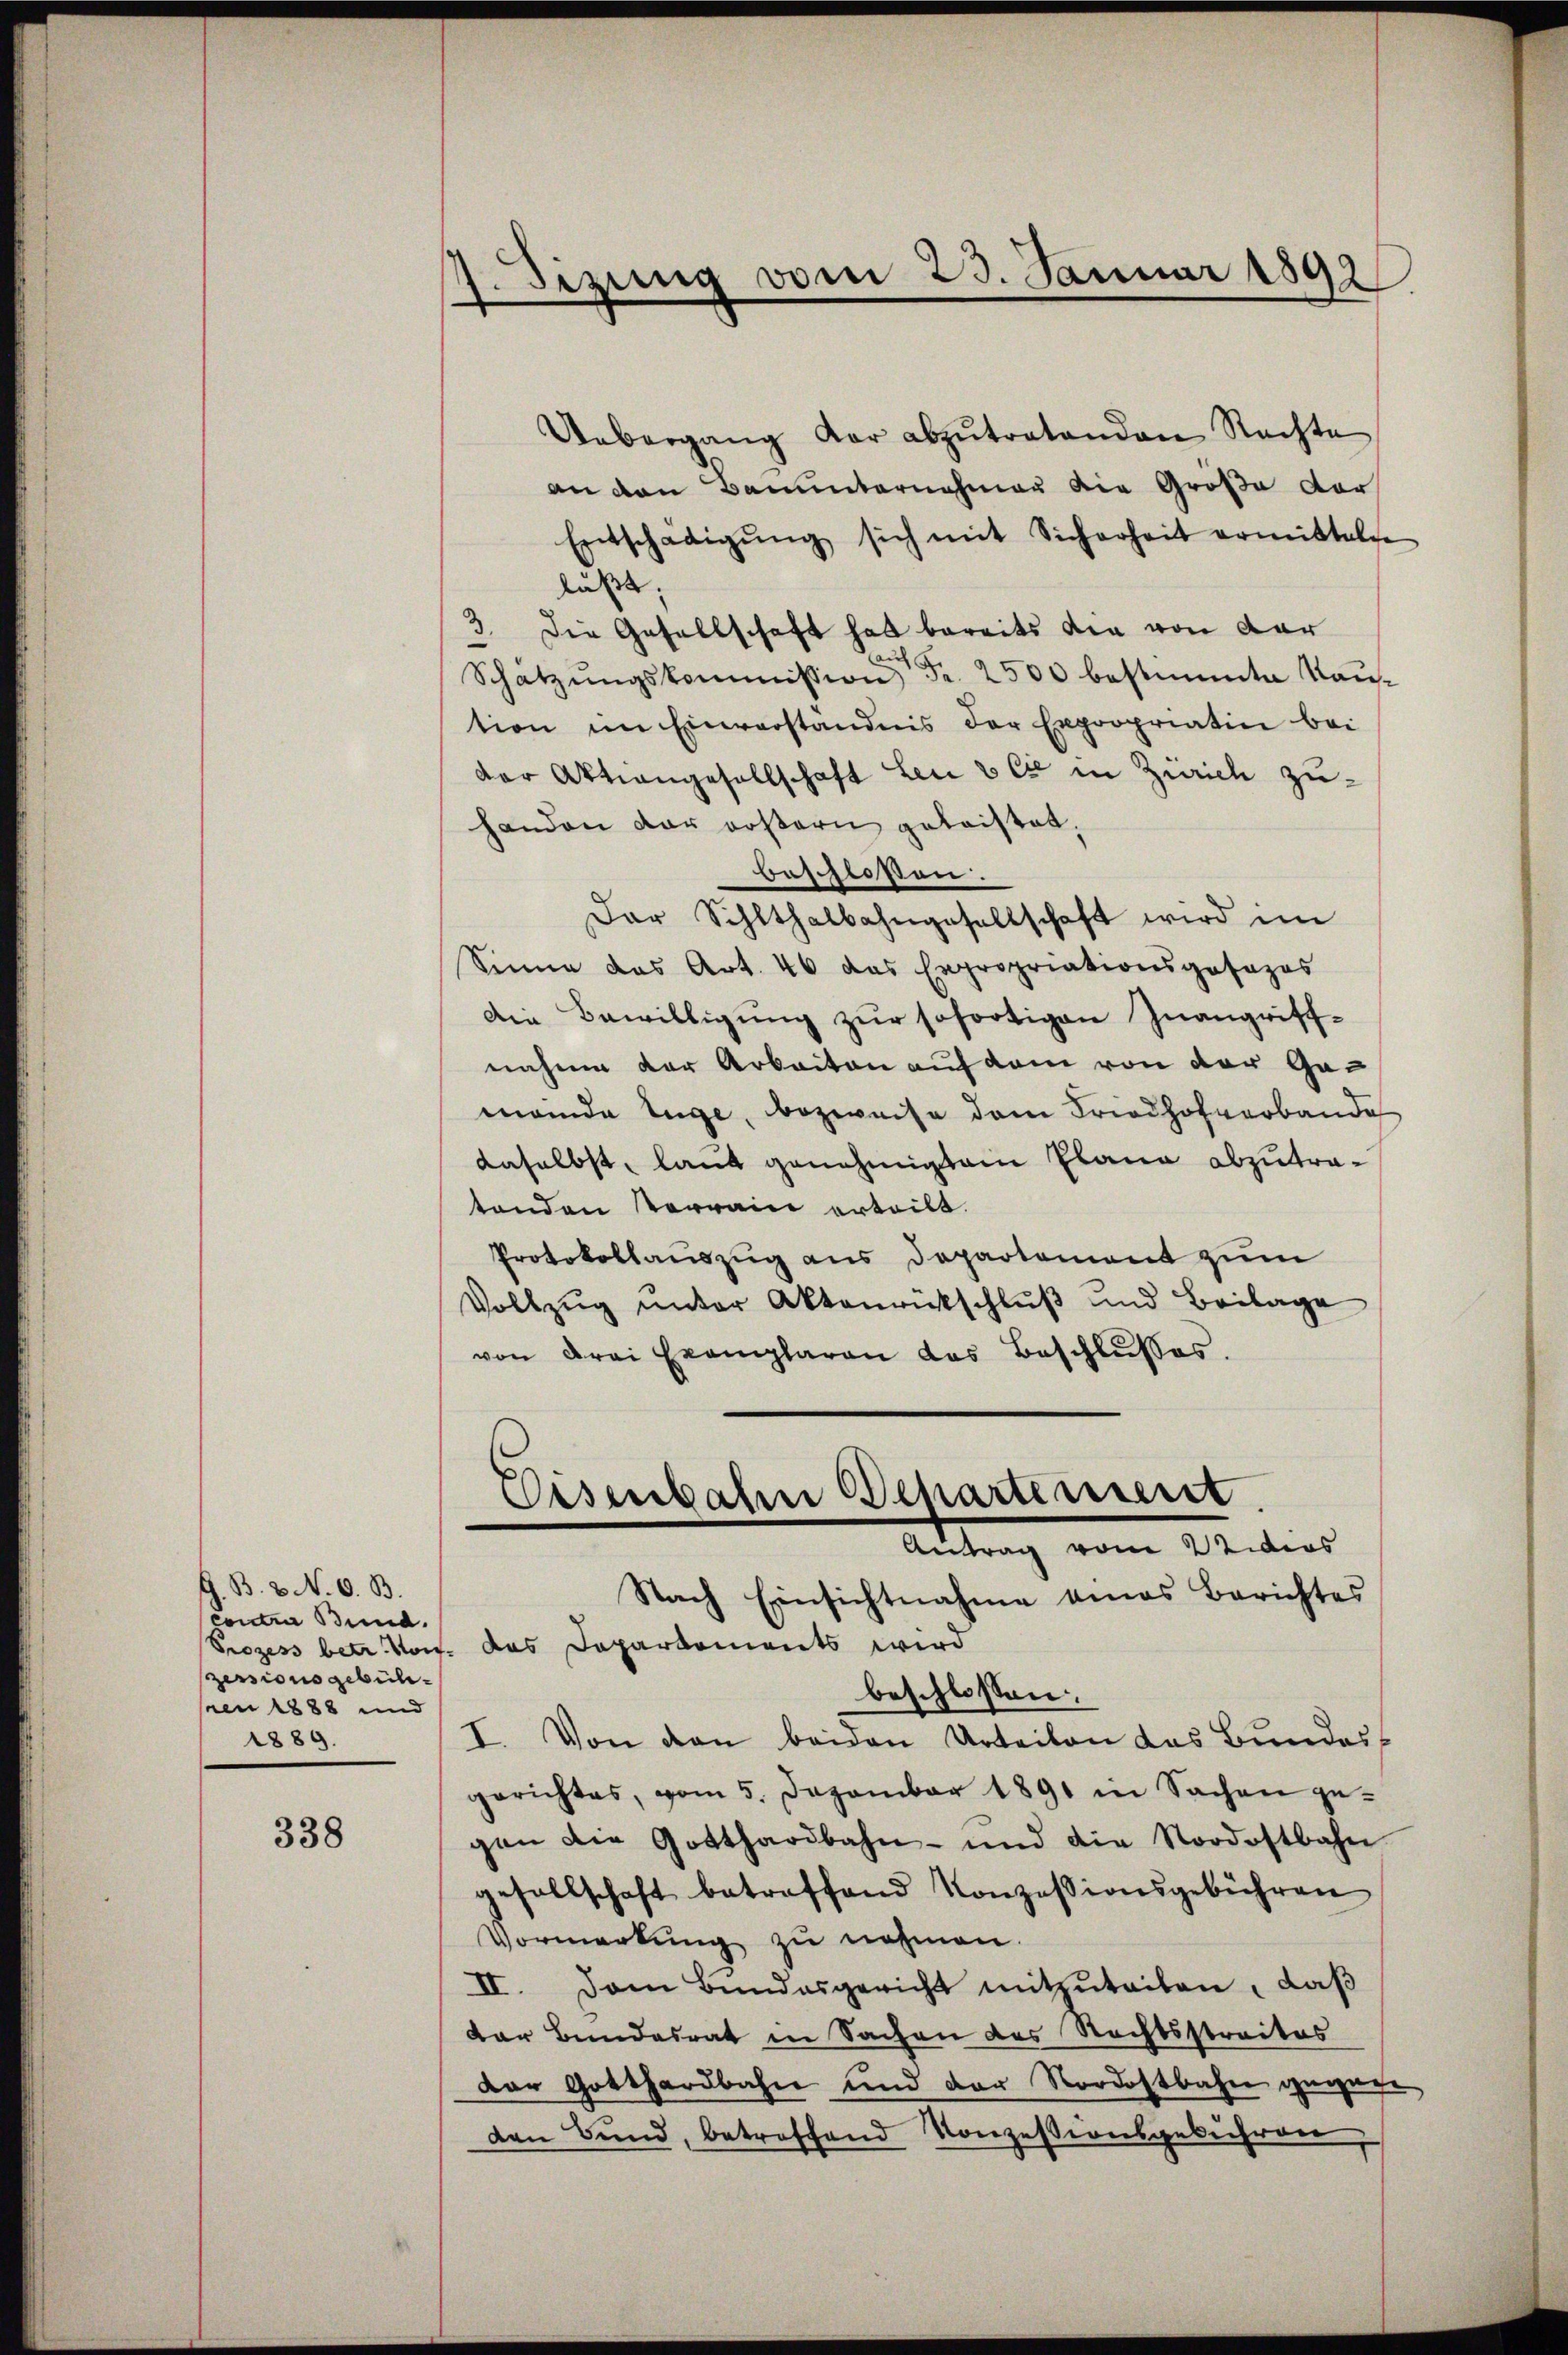
G. B. 3. N. O. B.
contir Bund.
zersionsgebühpren 1888 und
1889.

338

Uebergang dar abzŭtretenden Rechte
an den Bauunternahmen die Große dor
Entschädigŭng sich mit Sicherheit ermittelte
läßt.
3. Die Gesellschaft hat bereits die von dar
Schatzŭngskommission Fr. 2500 bestimmte Kaŭ-
tion im Einverständnis der Expropriatin bei
der Aktiengesellschaft Leu & Cie in Zürich zuhanden der erstern geleistet.
beschlossen.
Dar Schlthalbahngesellschaft wird im
Sinne das Art. 46 das Expropriationsposazas
Die Bewilligŭng zŭr sofortigen Inangriff-
nahme der Arbeiten auf dem von der Gameinde Tuge, bezweife dem Friedhofverbande
daselbst, laut genehmigten Plana abzutratenden Verrain erteilt.
Protokollauszug aus Departement zum
Vollzŭg ŭnter Aktenrückschlŭβ und Beilage
von drei Exemplaren das Beschlŭsses.

1. Sizung vom 23. Januar 1892

Eisenbahn chartement
Antrag vom 22 ders

Nach Einsichtnahme eines Berichtes
Prozess betr. Von das Departements wird
beschlossen:
I. Von den beiden Urteilen das Bundesgerichtes, vom 5. Dezember 1891 in Sachen ge-
gen die Gotthardbahn- und die Nordostbahn
gesellschaft betreffend Konzessionsgebühren
Vormerkŭng zŭ nehmen.
II. Dem Bundesgericht mitzŭteilen, daß
Dar Bundesrat in Sachen des Rechtsstraites
dor Gotthardbahn und der Nordostbahn gewage
den Bund, betroffend Konzessionsgebühren,